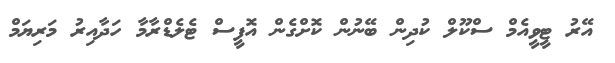
އޭރު ޓީވީއެމް ސްކޫލް ކުދިން ބޭނުން ކޮށްގެން އޮފީސް ޓެލެޑްރާމާ ހަދާއިރު މަރިޔަމް